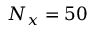
N _ { x } = 5 0